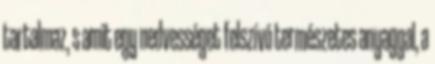
tartalmaz, s amit egy nedvességet felszívó természetes anyaggal, a